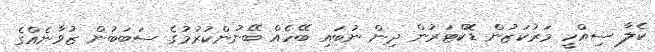
ކެލާ ސިއްހީ މަރުކަޒުން ޑޮކްޓަރުން ދިން ނުބައި ބޭހެއް ބޭނުންކުރުމުގެ ސަބަބުން ޒުވާނެއްގެ